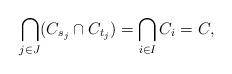
LaTeX: \begin{align*}\bigcap_{j\in J}(C_{s_j}\cap C_{t_j}) =\bigcap_{i\in I}C_i =C,\end{align*}